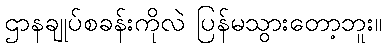
ဌာနချုပ်စခန်းကိုလဲ ပြန်မသွားတော့ဘူး။